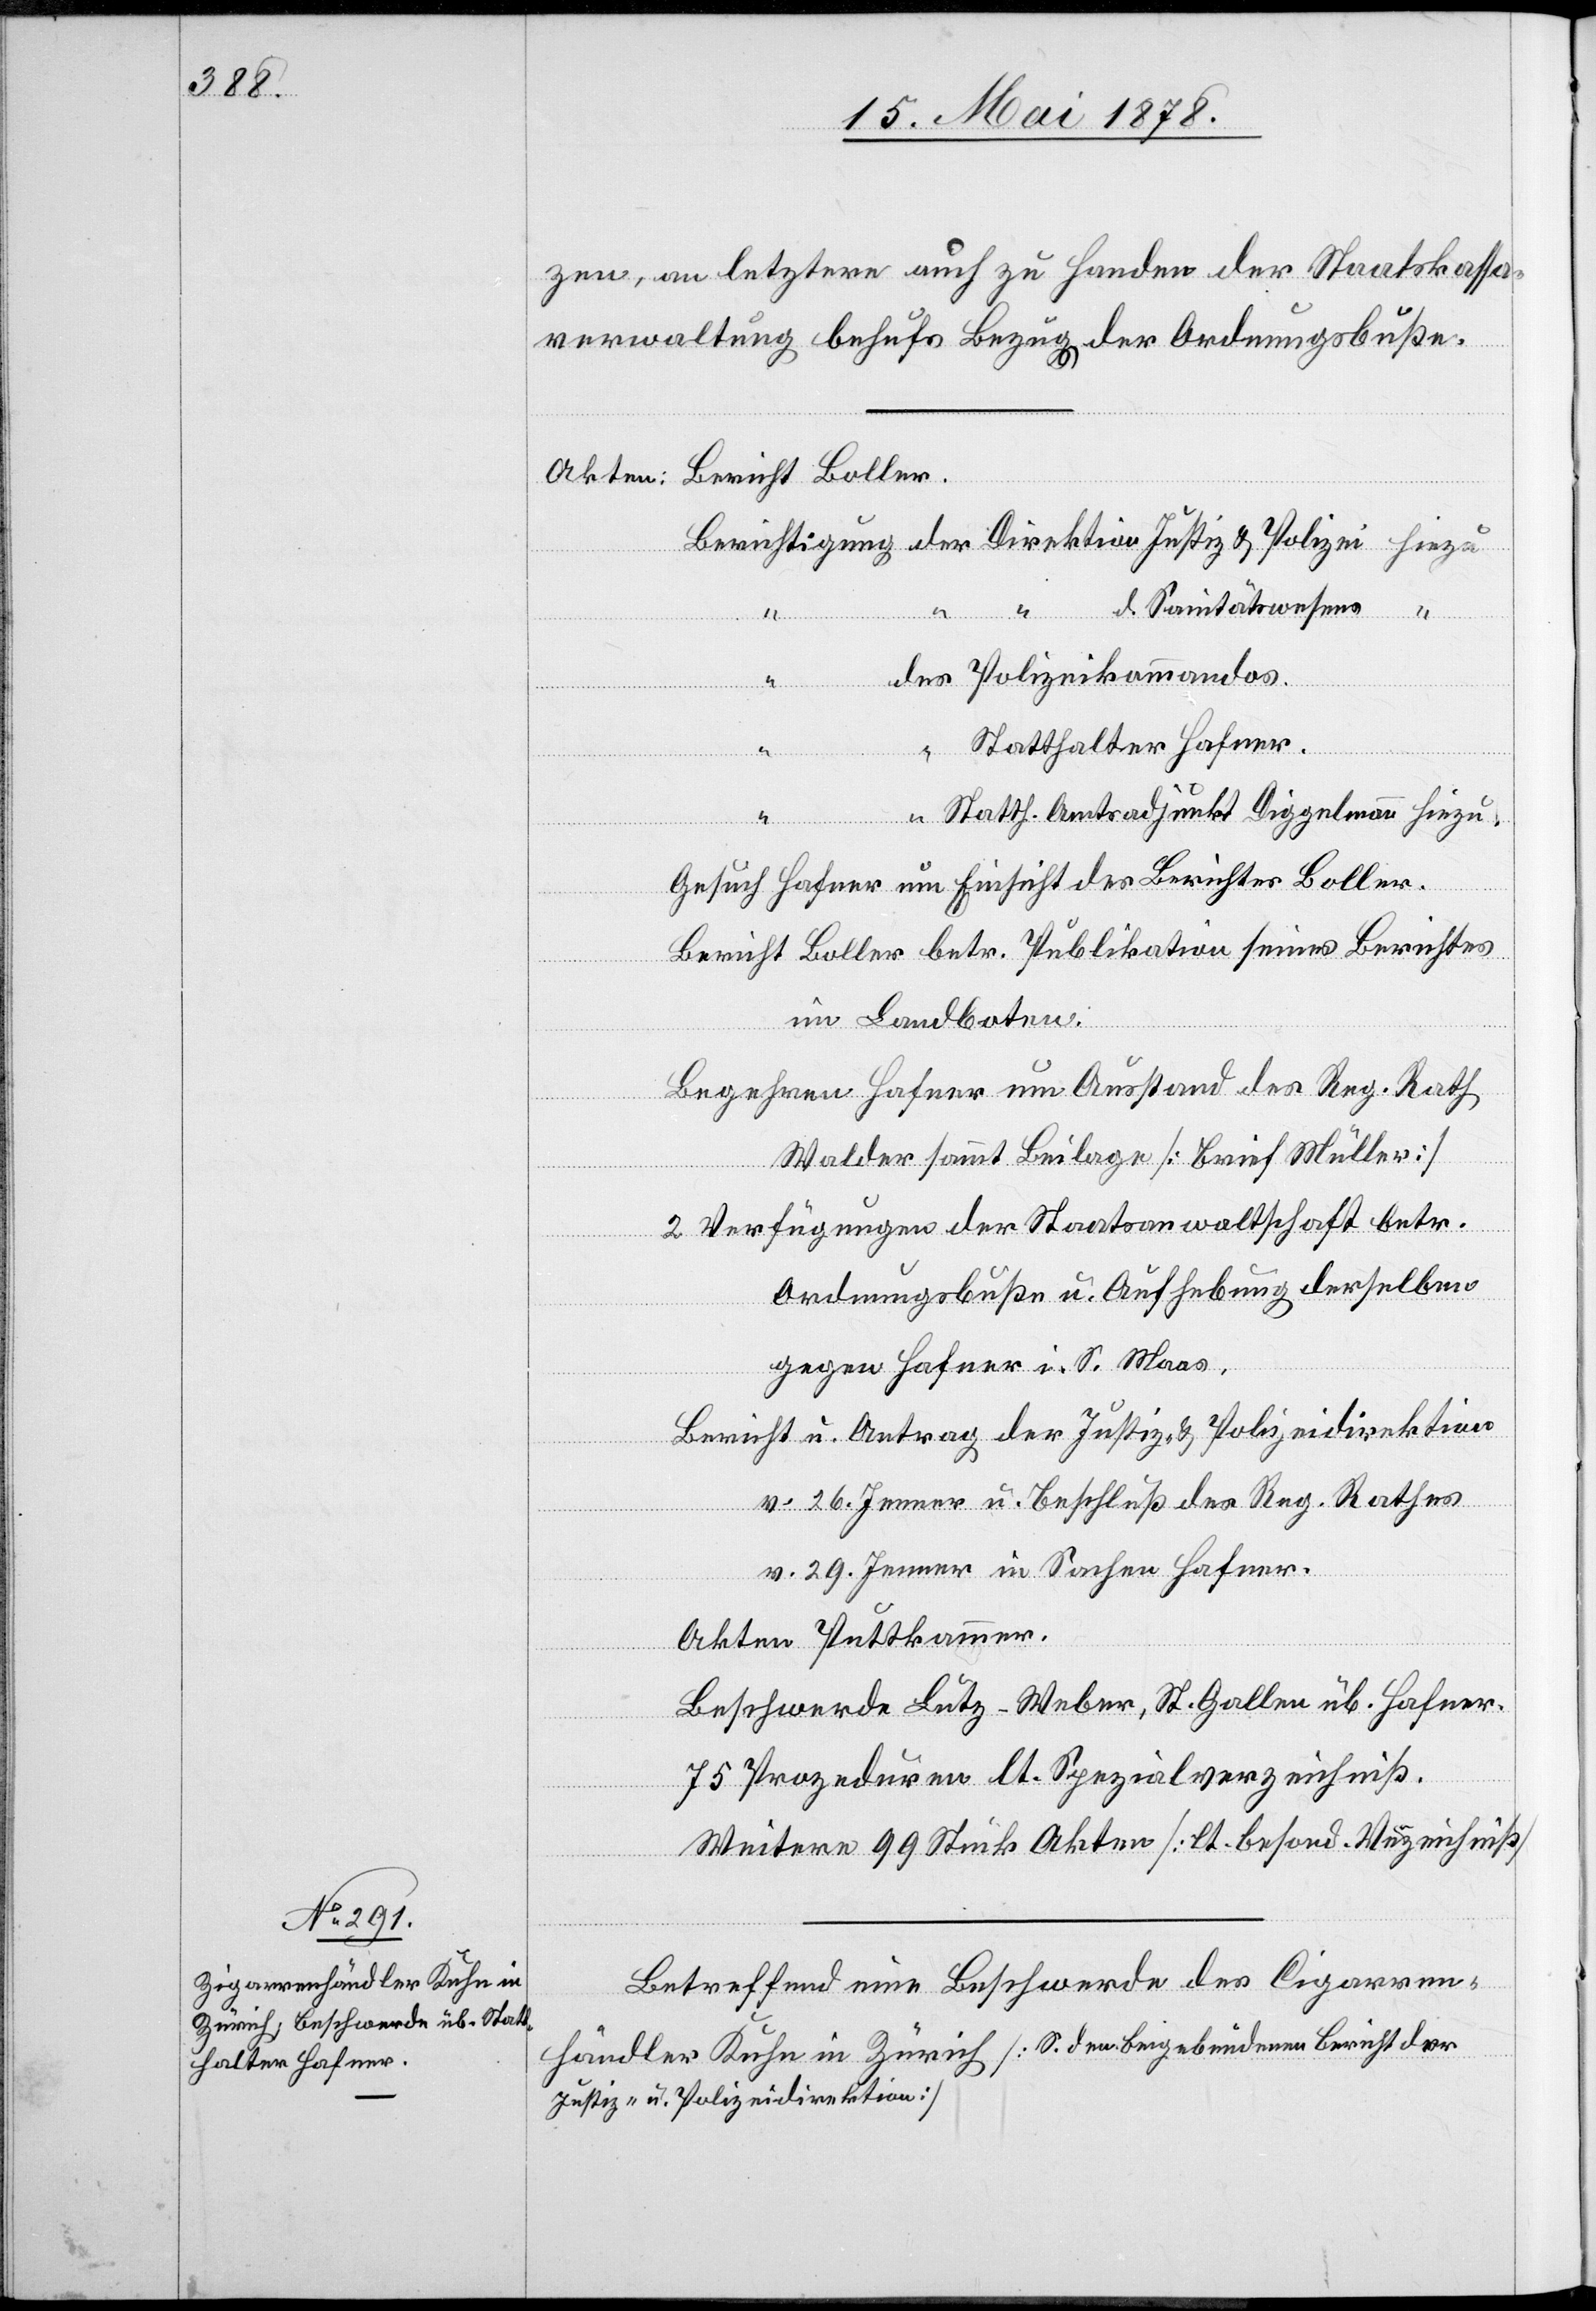
zen, an letztere auch zu Handen der Staatskassa¬
verwaltung behufs Bezug der Ordnungsbuße.
Akten: Bericht Boller.
“ “ d. Sanitätswesens “
des Polizeikommandos
“
Statthalter Hafner.
“
“ Statth. Amtsadjunkt Diggelmann hiezu.
Gustav Hafner um Einsicht des Berichtes Boller.
Direktion der
Bericht Boller betr. Publikation seines Berichtes
im Landboten.
Begehren Hafner um Ausstand des Reg. Rath
“
Walder sammt Beilage [Brief Müller]
2 Verfügungen der Staatsanwaltschaft betr.
Ordnungsbuße u. Aufhebung derselben
gegen Hafner i. S. Moos.
Bericht u. Antrag der Justiz- & Polizeidirektion
der
v. 26. Jenner u. Beschluß des Reg. Rathes
v. 29. Jenner in Sachen Hafner.
Akten Puttkammer.
Beschwerde Lutz-Weber, St. Gallen üb. Hafner.
75 Prozeduren lt. Spezialverzeichniß.
Weitere 99 Stück Akten [lt. besond. Verzeichniß]
Betreffend eine Beschwerde des Cigarren¬
händler Kuhn in Zürich [S. den beigebundenen Bericht der
Justiz- u. Polizeidirektion]

hiezu